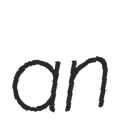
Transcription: an